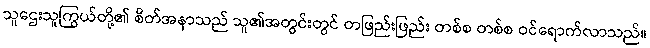
သူဌေးသူကြွယ်တို့၏ စိတ်အနာသည် သူ၏အတွင်းတွင် တဖြည်းဖြည်း တစ်စ တစ်စ ဝင်ရောက်လာသည်။